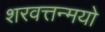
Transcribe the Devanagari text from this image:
शरवत्तन्मयो